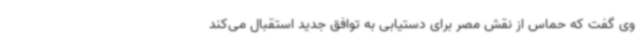
وی گفت که حماس از نقش مصر برای دستیابی به توافق جدید استقبال می‌کند